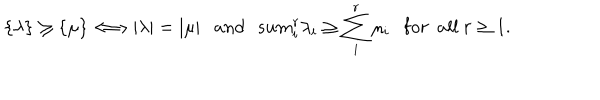
\{ \lambda \} \geq \{ \mu \} \Longleftrightarrow | \lambda | = | \mu | \ \ \ { \mathrm { a } n d } \ \ \, s u m _ { i } ^ { r } \lambda _ { i } \geq \sum _ { i } ^ { r } \mu _ { i } \ \ \ { \mathrm { f } o r \ \ a l l } \ r \geq 1 .